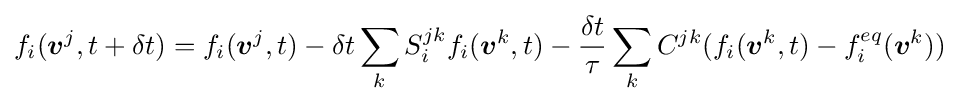
f_{i}({\boldsymbol {v}}^{j},t+\delta t)=f_{i}({\boldsymbol {v}}^{j},t)-\delta t\sum _{k}S_{i}^{jk}f_{i}({\boldsymbol {v}}^{k},t)-{\delta t \over \tau }\sum _{k}C^{jk}(f_{i}({\boldsymbol {v}}^{k},t)-f_{i}^{eq}({\boldsymbol {v}}^{k}))